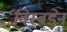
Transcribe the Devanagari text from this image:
विस्बडेन